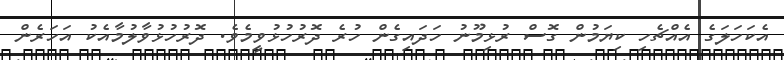
އެކަހަލަގެ އެއްޗެހި ކިޔަމުން ގޮސް ރުޅިމޫނު ހަދައިގެން ހުރެ ދޮރުހުޅުވީމެވެ. ދޮރުހުޅުވާލުމާއެކު އަހަރެން